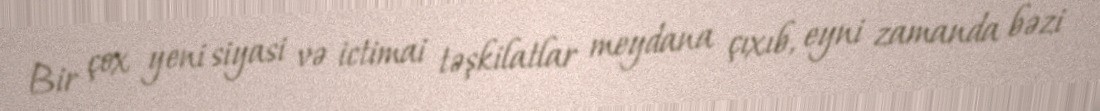
Bir çox yeni siyasi və ictimai təşkilatlar meydana çıxıb, eyni zamanda bəzi